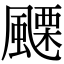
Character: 𩘟